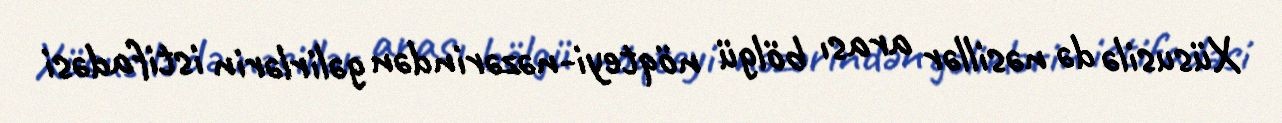
Xüsusilə də nəsillər arası bölgü nöqteyi-nəzərindən gəlirlərin istifadəsi